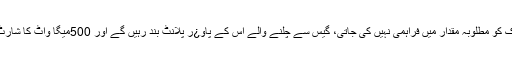
جب تک کے الیکٹرک کو مطلوبہ مقدار میں فراہمی نہیں کی جاتی، گیس سے چلنے والے اس کے پاو¿ر پلانٹ بند رہیں گے اور 500میگا واٹ کا شارٹ فال جاری رہے گا۔